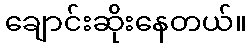
ချောင်းဆိုးနေတယ်။